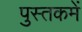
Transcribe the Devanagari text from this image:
पुस्‍तकमें